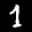
Label: 1